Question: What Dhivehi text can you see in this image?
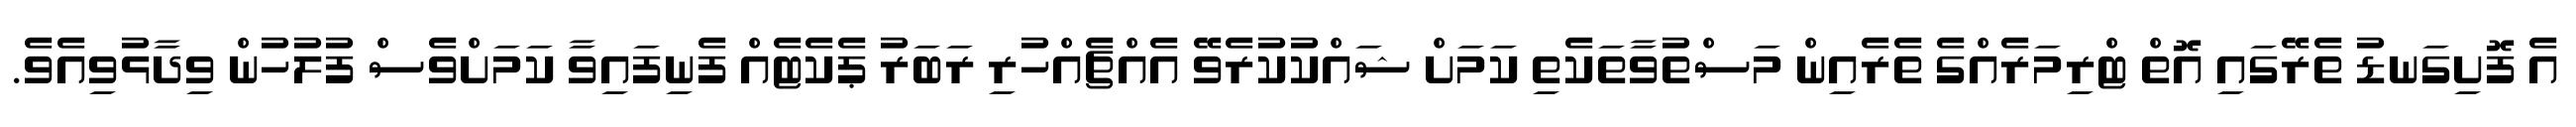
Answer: އެ ފޮށިގަނޑު ތެރޭގައި އޮތް ޓްރިމަރެއްގެ ތެރެއިން މަސްތުވާތަކެތި ކަމަށް ޝައްކުކުރެވޭ އެއްޗެއްހުރި ރަބަރު ޕެކެޓެއް ފެނިފައިވާ ކަމަށްވެސް ފުލުހުން ވިދާޅުވިއެވެ.